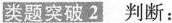
类题突破 2 判断：